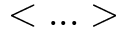
< . . . >